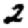
Digit: 2